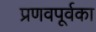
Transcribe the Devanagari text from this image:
प्रणवपूर्वका